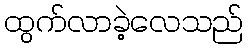
ထွက်လာခဲ့လေသည်